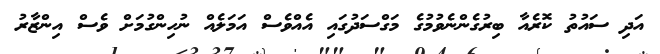
އަދި ސައުތު ކޮރެއާ ބިރުގެންނެވުމުގެ މަގްސަދުގައި އެއްވެސް އަމަލެއް ނުހިންގުމަށް ވެސް އިންޒާރު